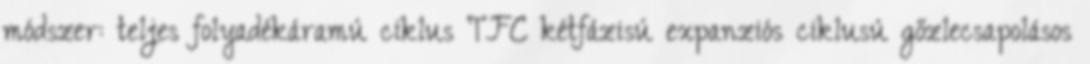
módszer: teljes folyadékáramú ciklus TFC kétfázisú expanziós ciklusú gőzlecsapolásos